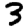
Digit: 3